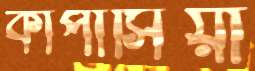
কাপাসিয়া